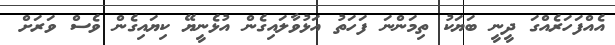
އެއްފަހަރެއްގަ ދީނީ ބަޔަކު ތިމަންނަ ފަހަތު އަޅުވާލައިގެން އުޅެނީޔޭ ކިޔައިގެން ވެސް ވަރަށް